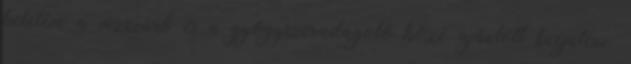
beletéve a vízszűrő és a gyógyszeradagoló közé ajánlott beépíteni.